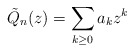
\begin{align*}\tilde{Q}_n(z)=\sum_{k\geq 0}a_k z^k \end{align*}